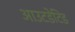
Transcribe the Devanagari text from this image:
आउटडेटिड